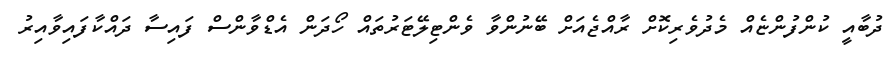
ދުބާއީ ކުންފުންޏެއް މެދުވެރިކޮށް ރާއްޖެއަށް ބޭނުންވާ ވެންޓިލޭޓަރުތައް ހޯދަން އެޑްވާންސް ފައިސާ ދައްކާފައިވާއިރު